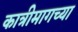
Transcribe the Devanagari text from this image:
कात्रीमागच्या